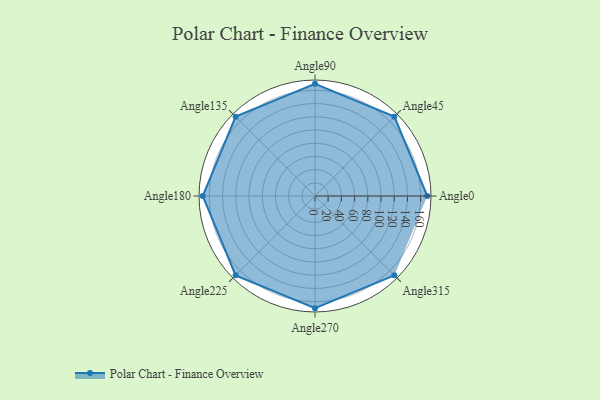
{"axis": {"x": "Angle", "y": "Radius"}, "legend": [""], "data": [{"x": "Angle0", "y": 170, "type": ""}, {"x": "Angle45", "y": 170, "type": ""}, {"x": "Angle90", "y": 170, "type": ""}, {"x": "Angle135", "y": 170, "type": ""}, {"x": "Angle180", "y": 170, "type": ""}, {"x": "Angle225", "y": 170, "type": ""}, {"x": "Angle270", "y": 170, "type": ""}, {"x": "Angle315", "y": 170, "type": ""}]}